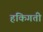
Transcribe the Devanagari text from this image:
हकिगती